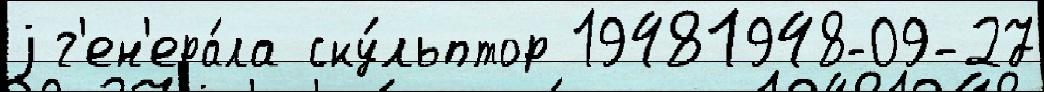
j г'ен'ера́ла ску́льптор 19481948-09-27